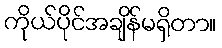
ကိုယ်ပိုင်အချိန်မရှိတာ။